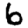
Digit: 6